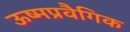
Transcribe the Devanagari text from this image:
ऊष्मप्रवैगिक